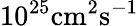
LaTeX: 10^{25}\mathrm{cm}^{2}\mathrm{s}^{-1}